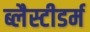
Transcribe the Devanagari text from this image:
ब्लैस्टीडर्म